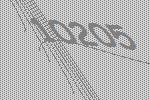
10205